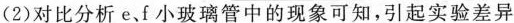
(2)对比分析e、f小玻璃管中的现象可知，引起实验差异